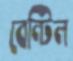
বেন্টিল